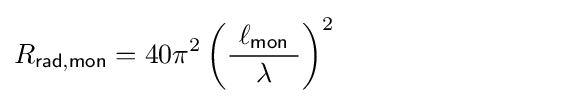
R_{\mathsf {rad,mon}}=40\pi ^{2}\left({\frac {\ \ell _{\mathsf {mon}}\ }{\lambda }}\right)^{2}\qquad \qquad \qquad \qquad